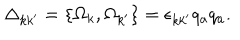
\Delta _ { k k ^ { \prime } } = \{ \Omega _ { k } , \Omega _ { k ^ { \prime } } \} = \epsilon _ { k k ^ { \prime } } q _ { a } q _ { a } .